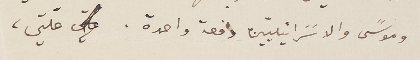
وموسًى والاسًرائيليّين دفعة واحدة. علّتي،